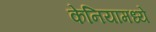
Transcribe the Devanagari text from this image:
केनियामध्ये